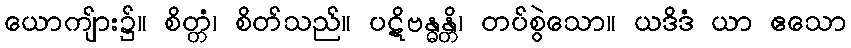
ယောကျ်ား၌။ စိတ္တံ၊ စိတ်သည်။ ပဋိဗန္ဓန္တိ၊ တပ်စွဲသော။ ယဒိဒံ ယာ ဧသော